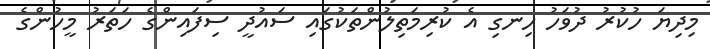
މިދިޔަ ހުކުރު ދުވަހު ހިނގި އެ ކުރިމަތިލުންތަކުގައި ސައުދީ ސިފައިންގެ ހަތަރު މީހުންގެ